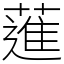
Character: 𦻗